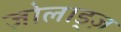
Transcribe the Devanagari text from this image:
ज़ोलाड्ज़